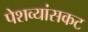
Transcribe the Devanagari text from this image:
पेशव्यांसकट